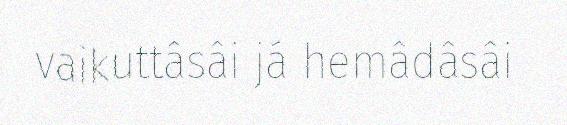
vaikuttâsâi já hemâdâsâi